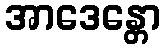
အာဒေန္တော